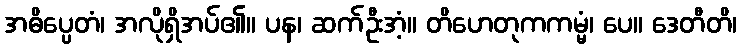
အဓိပ္ပေတံ၊ အလိုရှိအပ်၏။ ပန၊ ဆက်ဦးအံ့။ တိဟေတုကကမ္မံ၊ ပေ။ ဒေတီတိ၊